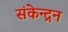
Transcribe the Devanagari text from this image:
संकेन्द्रन